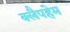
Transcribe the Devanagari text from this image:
क्लैपहेम